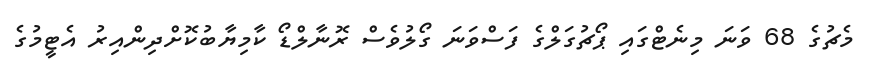
މެޗުގެ 68 ވަނަ މިނެޓްގައި ޕޯޗުގަލްގެ ފަސްވަނަ ގޯލުވެސް ރޮނާލްޑޯ ކާމިޔާބުކޮށްދިންއިރު އެޓީމުގެ